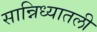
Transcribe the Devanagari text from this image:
सान्निध्यातली